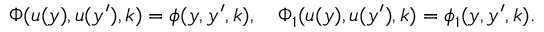
\begin{array} { r } { \Phi ( u ( y ) , u ( y ^ { \prime } ) , k ) = \phi ( y , y ^ { \prime } , k ) , \quad \Phi _ { 1 } ( u ( y ) , u ( y ^ { \prime } ) , k ) = \phi _ { 1 } ( y , y ^ { \prime } , k ) . } \end{array}